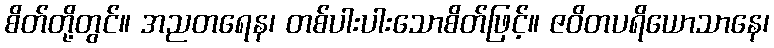
စိတ်တို့တွင်။ အညတရေန၊ တစ်ပါးပါးသောစိတ်ဖြင့်။ ဇဝိတပရိယောသာနေ၊